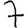
Digit: 7